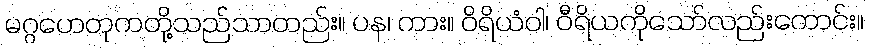
မဂ္ဂဟေတုကတို့သည်သာတည်း။ ပန၊ ကား။ ဝိရိယံဝါ၊ ဝီရိယကိုသော်လည်းကောင်း။